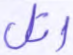
اتل